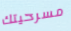
مسرحيتك